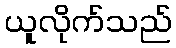
ယူလိုက်သည်